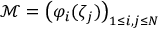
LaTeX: { \mathcal { M } } = \left( \varphi _ { i } ( \zeta _ { j } ) \right) _ { 1 \leq i , j \leq N }